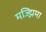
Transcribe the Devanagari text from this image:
मज्झिमा